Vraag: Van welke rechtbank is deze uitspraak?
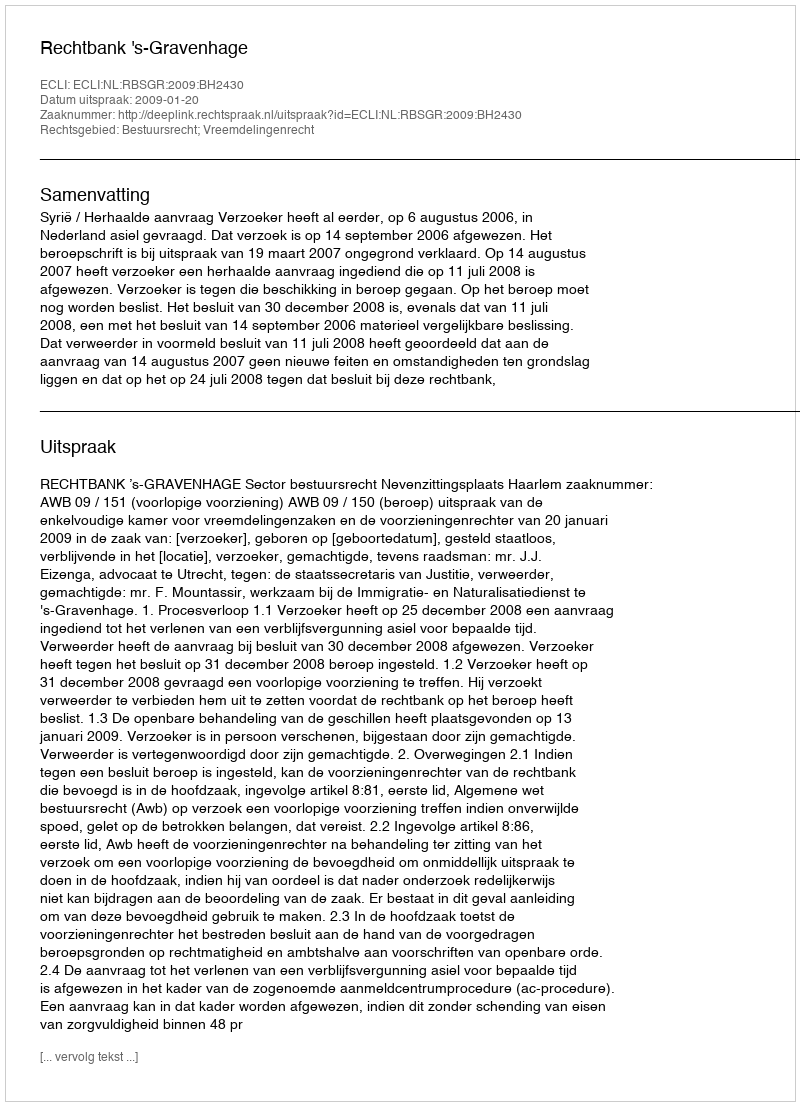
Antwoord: Rechtbank 's-Gravenhage